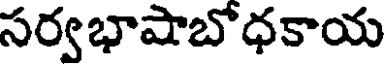
సర్వభాషాబోధకాయ